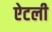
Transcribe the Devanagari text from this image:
ऐटली